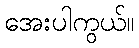
အေးပါကွယ်။